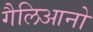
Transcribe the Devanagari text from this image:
गैलिआनो